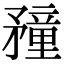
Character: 䂌